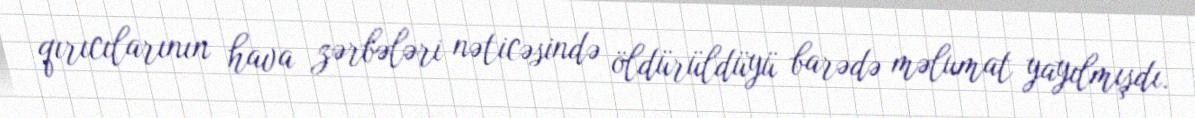
qırıcılarının hava zərbələri nəticəsində öldürüldüyü barədə məlumat yayılmışdı.